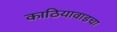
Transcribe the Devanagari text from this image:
काठियावाडचा